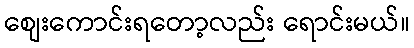
စျေးကောင်းရတော့လည်း ရောင်းမယ်။